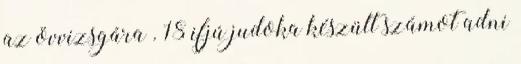
az övvizsgára . 18 ifjú judoka készült számot adni